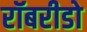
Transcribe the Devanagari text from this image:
रॉबरीडो